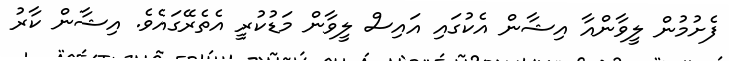
ފެށުމުން ލީވާންއާ އިޝާން އެކުގައި އައިސް ލީވާން މަޑުކުރީ އެތެރޭގައެވެ. އިޝާން ކާރު